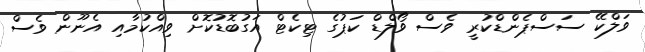
ވަލްކޭ ސަސްޕެންޑްކުރީ ވެސް ވޯލްޑް ކަޕުގެ ޓިކެޓް އަގުބޮޑުކޮށް ވިއްކުމާއި އެނޫން ވެސް